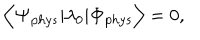
LaTeX: { \bf \Big < } { \bf \Psi } _ { p h y s } | \lambda _ { 0 } | { \bf \Phi } _ { p h y s } { \bf \Big > } = 0 ,